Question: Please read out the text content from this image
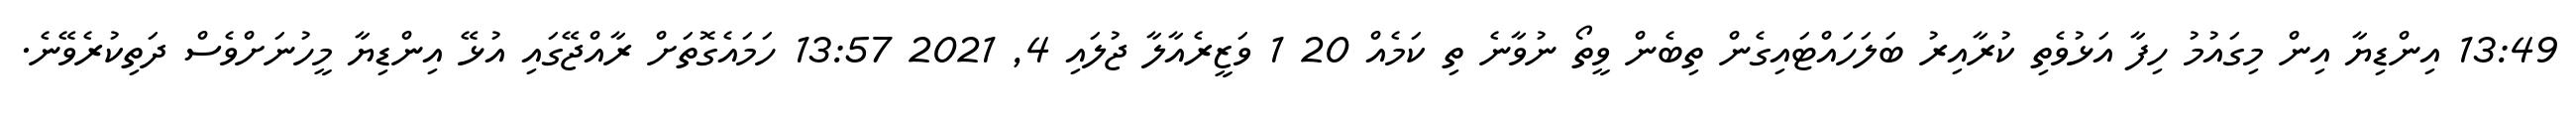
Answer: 13:49 އިންޑިޔާ އިން މިގައުމު ހިފާ އަޅުވެތި ކުރާއިރު ބަލަހައްޓައިގެން ތިބެން ވީތޯ ނުވާނެ ތި ކަމެއް 20 1 ވަޒީރެއާލާ ޖުލައި 4, 2021 13:57 ހަމައެގޮތަށް ރާއްޖޭގައި އުޅޭ އިންޑިޔާ މީހުނަށްވެސް ދަތިކުރެވޭނެ.